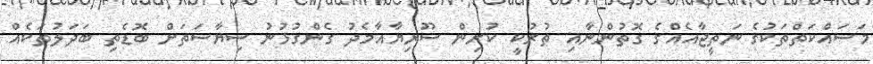
މަސައްކަތްތަކުގެ ނަތީޖާއެއްގެ ގޮތުންނާއި ތުރުކީ ކުރިން ސޫރިޔާއާމެދު ގެންގުޅުނު ސިޔާސަތަށް ބޮޑެތި ބަދަލުތަކެއް